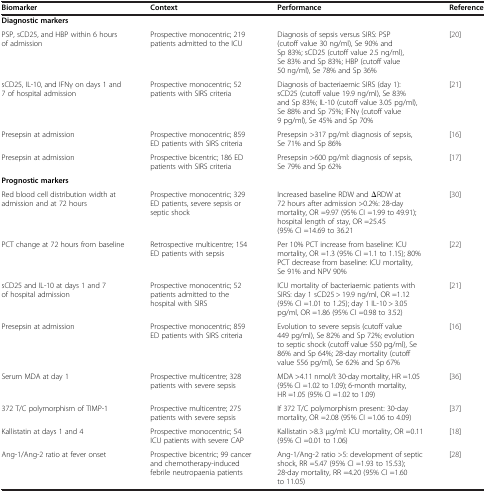
<table><thead><tr><td><b>Biomarker</b></td><td><b>Context</b></td><td><b>Performance</b></td><td><b>Reference</b></td></tr></thead><tbody><tr><td colspan="4"><b>Diagnostic markers</b></td></tr><tr><td>PSP, sCD25, and HBP within 6 hours of admission</td><td>Prospective monocentric; 219 patients admitted to the ICU</td><td>Diagnosis of sepsis versus SIRS: PSP (cutoff value 30 ng/ml), Se 90% and Sp 83%; sCD25 (cutoff value 2.5 ng/ml), Se 83% and Sp 83%; HBP (cutoff value 50 ng/ml), Se 78% and Sp 36%</td><td>[20]</td></tr><tr><td>sCD25, IL-10, and IFNγ on days 1 and 7 of hospital admission</td><td>Prospective monocentric; 52 patients with SIRS criteria</td><td>Diagnosis of bacteriaemic SIRS (day 1): sCD25 (cutoff value 19.9 ng/ml), Se 83% and Sp 83%; IL-10 (cutoff value 3.05 pg/ml), Se 88% and Sp 75%; IFNγ (cutoff value 9 pg/ml), Se 45% and Sp 70%</td><td>[21]</td></tr><tr><td>Presepsin at admission</td><td>Prospective monocentric; 859 ED patients with SIRS criteria</td><td>Presepsin &gt;317 pg/ml: diagnosis of sepsis, Se 71% and Sp 86%</td><td>[16]</td></tr><tr><td>Presepsin at admission</td><td>Prospective bicentric; 186 ED patients with SIRS criteria</td><td>Presepsin &gt;600 pg/ml: diagnosis of sepsis, Se 79% and Sp 62%</td><td>[17]</td></tr><tr><td colspan="4"><b>Prognostic markers</b></td></tr><tr><td>Red blood cell distribution width at admission and at 72 hours</td><td>Prospective monocentric; 329 ED patients, severe sepsis or septic shock</td><td>Increased baseline RDW and ΔRDW at 72 hours after admission &gt;0.2%: 28-day mortality, OR =9.97 (95% CI =1.99 to 49.91); hospital length of stay, OR =25.45 (95% CI =14.69 to 36.21</td><td>[30]</td></tr><tr><td>PCT change at 72 hours from baseline</td><td>Retrospective multicentre; 154 ED patients with sepsis</td><td>Per 10% PCT increase from baseline: ICU mortality, OR =1.3 (95% CI =1.1 to 1.15); 80% PCT decrease from baseline: ICU mortality, Se 91% and NPV 90%</td><td>[22]</td></tr><tr><td>sCD25 and IL-10 at days 1 and 7 of hospital admission</td><td>Prospective monocentric; 52 patients admitted to the hospital with SIRS</td><td>ICU mortality of bacteriaemic patients with SIRS: day 1 sCD25 &gt; 19.9 ng/ml, OR =1.12 (95% CI =1.01 to 1.25); day 1 IL-10 &gt; 3.05 pg/ml, OR =1.86 (95% CI =0.98 to 3.52)</td><td>[21]</td></tr><tr><td>Presepsin at admission</td><td>Prospective monocentric; 859 ED patients with SIRS criteria</td><td>Evolution to severe sepsis (cutoff value 449 pg/ml), Se 82% and Sp 72%; evolution to septic shock (cutoff value 550 pg/ml), Se 86% and Sp 64%; 28-day mortality (cutoff value 556 pg/ml), Se 62% and Sp 67%</td><td>[16]</td></tr><tr><td>Serum MDA at day 1</td><td>Prospective multicentre; 328 patients with severe sepsis</td><td>MDA &gt;4.11 nmol/l: 30-day mortality, HR =1.05 (95% CI =1.02 to 1.09); 6-month mortality, HR =1.05 (95% CI =1.02 to 1.09)</td><td>[36]</td></tr><tr><td>372 T/C polymorphism of TIMP-1</td><td>Prospective multicentre; 275 patients with severe sepsis</td><td>If 372 T/C polymorphism present: 30-day mortality, OR =2.08 (95% CI =1.06 to 4.09)</td><td>[37]</td></tr><tr><td>Kallistatin at days 1 and 4</td><td>Prospective monocentric; 54 ICU patients with severe CAP</td><td>Kallistatin &gt;8.3 μg/ml: ICU mortality, OR =0.11 (95% CI =0.01 to 1.06)</td><td>[18]</td></tr><tr><td>Ang-1/Ang-2 ratio at fever onset</td><td>Prospective bicentric; 99 cancer and chemotherapy-induced febrile neutropaenia patients</td><td>Ang-1/Ang-2 ratio &gt;5: development of septic shock, RR =5.47 (95% CI =1.93 to 15.53); 28-day mortality, RR =4.20 (95% CI =1.60 to 11.05)</td><td>[28]</td></tr></tbody></table>